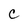
Character: c